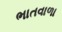
ભાતવાળા